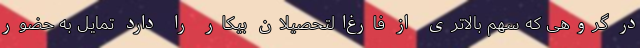
در گروهی که سهم بالاتری از فارغ‌التحصیلان بیکار را دارد تمایل به حضور